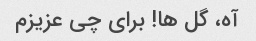
آه، گل ها! برای چی عزیزم